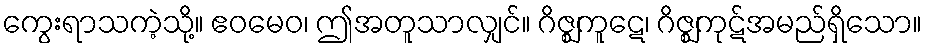
ကွေးရာသကဲ့သို့။ ဧဝမေဝ၊ ဤအတူသာလျှင်။ ဂိဇ္ဈကူဋေ၊ ဂိဇ္ဈကုဋ်အမည်ရှိသော။